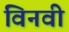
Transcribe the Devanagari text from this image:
विनवी